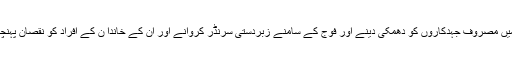
وہ فوج کیلئے مخبری، بلوچ آزادی کی جد و جہد میں مصروف جہدکاروں کو دھمکی دینے اور فوج کے سامنے زبردستی سرنڈر کروانے اور اُن کے خاندا ن کے افراد کو نقصان پہنچانے کی دھمکی جیسے سنگین جرم میں ملوث تھا۔